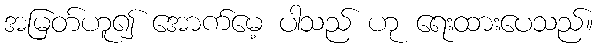
အမြတ်ဟူ၍ အောက်မေ့ ပါသည် ဟု ရေးထားပေသည်။